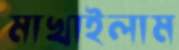
মাখাইলাম